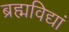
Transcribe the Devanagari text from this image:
ब्रह्मविद्यां